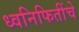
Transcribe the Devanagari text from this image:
ध्वनिफितींचे